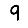
Digit: 9